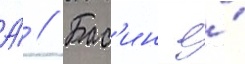
А́ // Бас'ин е́